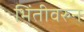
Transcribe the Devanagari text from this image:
भिंतीवरुन